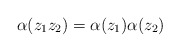
\begin{align*} \alpha(z_1z_2) = \alpha(z_1) \alpha(z_2)\end{align*}